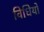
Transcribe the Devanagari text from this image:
विधियो